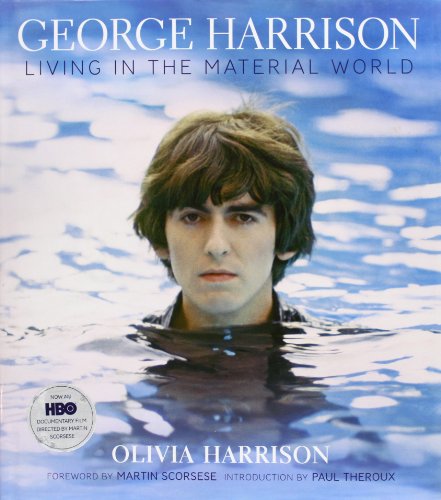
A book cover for George Harrison: Living in the Material World; Olivia Harrison; Arts & Photography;